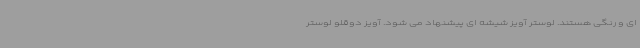
ای و رنگی هستند. لوستر آویز شیشه ای پیشنهاد می شود. آویز دوقلو لوستر